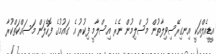
އީޑީއެލްއަކީ އިނގިރޭސިވިލާތުން މުސްލިމުން ނެރެ އިސްލާމީ ފިކުރު އެ ގައުމުގެ ފޮހެލަން މަސައްކަތްކުރާ